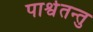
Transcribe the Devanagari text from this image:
पार्श्वतन्तु